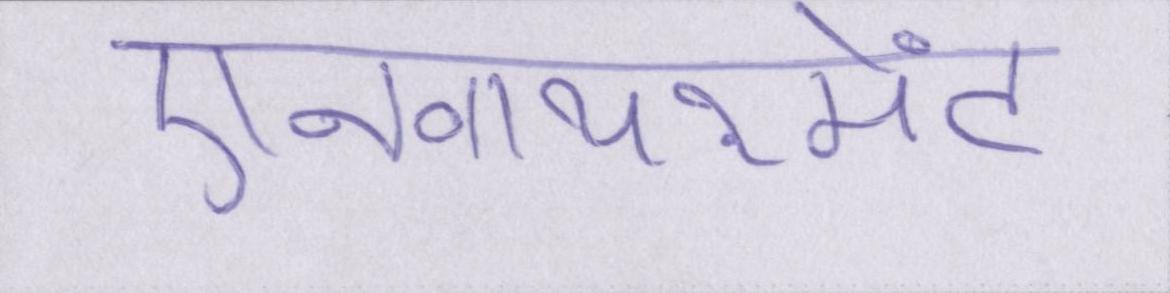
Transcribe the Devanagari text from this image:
एनवायरमेंट